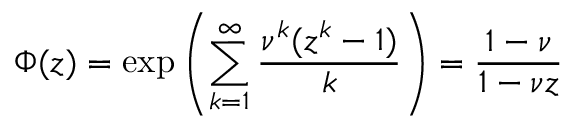
\Phi ( z ) = \exp \left( \sum _ { k = 1 } ^ { \infty } \frac { \nu ^ { k } ( z ^ { k } - 1 ) } { k } \right) = \frac { 1 - \nu } { 1 - \nu z }